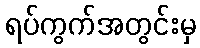
ရပ်ကွက်အတွင်းမှ